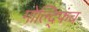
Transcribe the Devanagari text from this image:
गोल्द्फिंच